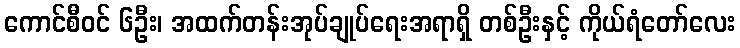
ကောင်စီဝင် ၆ဦး၊ အထက်တန်းအုပ်ချုပ်ရေးအရာရှိ တစ်ဦးနှင့် ကိုယ်ရံတော်လေး